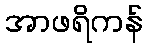
အာဖရိကန်